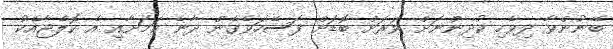
ބޭނުންވާ ދިވެހި ކުދިންނަށް ވަރަށް ބޮޑަށް ފަސޭހަވެގެން ދާނެ ކަމަށާއި އެ ކޮލެޖާއެކު